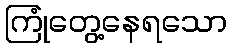
ကြုံတွေ့နေရသော